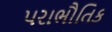
પરાભૌતિક